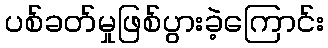
ပစ်ခတ်မှုဖြစ်ပွားခဲ့ကြောင်း